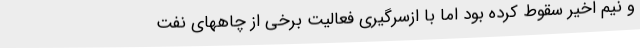
و نیم اخیر سقوط کرده بود اما با ازسرگیری فعالیت برخی از چاههای نفت